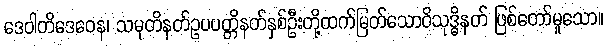
ဒေဝါတိဒေဝေန၊ သမုတိနတ်ဥပပတ္တိနတ်နှစ်ဦးတို့ထက်မြတ်သောဝိသုဒ္ဓိနတ် ဖြစ်တော်မူသော။